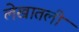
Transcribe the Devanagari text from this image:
लेखातली